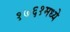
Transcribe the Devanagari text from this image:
१७६१मध्ये